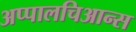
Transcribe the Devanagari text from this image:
अप्पालचिआन्स